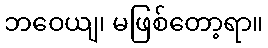
ဘဝေယျ၊ မဖြစ်တော့ရာ။